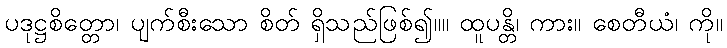
ပဒုဋ္ဌစိတ္တော၊ ပျက်စီးသော စိတ် ရှိသည်ဖြစ်၍။။ ထူပန္တိ၊ ကား။ စေတီယံ၊ ကို။